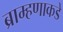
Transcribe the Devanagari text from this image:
ब्राम्हणाकडे